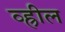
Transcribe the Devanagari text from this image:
व्ह्रील